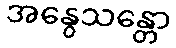
အနွေသန္တော